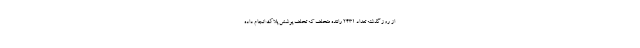
از روز گذشته تعداد ۲۴۳۱ راننده متخلف که تخلف پوشش پلاک انجام داده